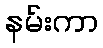
နမ်းကာ